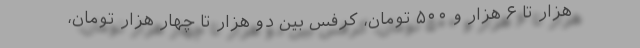
هزار تا ۶ هزار و ۵۰۰ تومان، کرفس بین دو ‌هزار تا چهار هزار تومان،